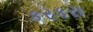
કરકરા